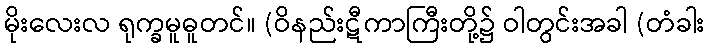
မိုးလေးလ ရုက္ခမူဓူတင်။ (ဝိနည်းဋီကာကြီးတို့၌ ဝါတွင်းအခါ (တံခါး